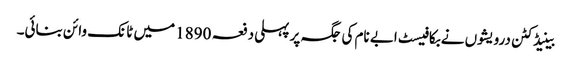
بینیڈکٹن درویشوں نے بکافیسٹ ابے نام کی جگہ پر پہلی دفعہ 1890 میں ٹانک وائن بنائی۔